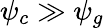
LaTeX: \psi_{c}\gg\psi_{g}